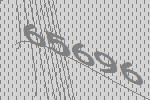
65696